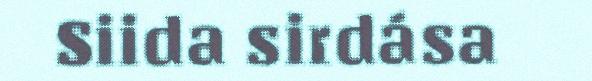
Siida sirdása